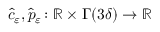
\hat { c } _ { \ensuremath { \varepsilon } } , \hat { p } _ { \ensuremath { \varepsilon } } \colon \mathbb { R } \times \Gamma ( 3 \delta ) \rightarrow \mathbb { R }